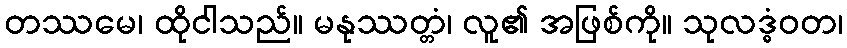
တဿမေ၊ ထိုငါသည်။ မနုဿတ္တံ၊ လူ၏ အဖြစ်ကို။ သုလဒ္ဓံဝတ၊